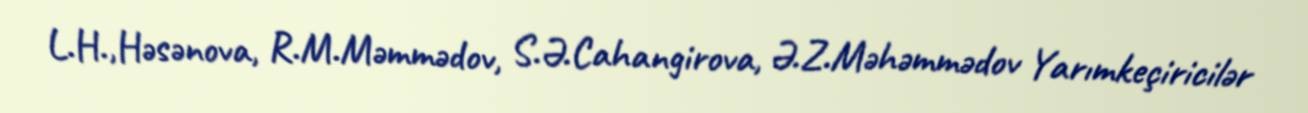
L.H.,Həsənova, R.M.Məmmədov, S.Ə.Cahangirova, Ə.Z.Məhəmmədov Yarımkeçiricilər